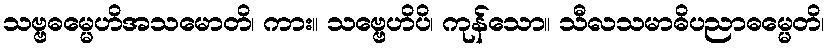
သဗ္ဗဓမ္မေဟိအသမောတိ၊ ကား။ သဗ္ဗေဟိပိ၊ ကုန်သော။ သီလသမာဓိပညာဓမ္မေတိ၊